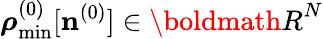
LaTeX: {\boldsymbol\rho}_{\mathrm{min}}^{(0)}[{\mathbf n}^{(0)}]\in{\boldmath R}^{N}